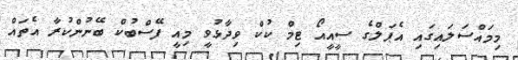
މިމައްސަލައިގައި އެޕަލްގެ ސީއީއޯ ޓިމް ކުކް ވިދާޅުވީ މިއީ ފޭސްބުކް ބޭނުންކުރާ އެތައް